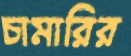
চামারির